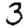
Digit: 3